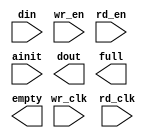
module smallfifo (
	din,
	wr_en,
	wr_clk,
	rd_en,
	rd_clk,
	ainit,
	dout,
	full,
	empty);

input [7 : 0] din;
input wr_en;
input wr_clk;
input rd_en;
input rd_clk;
input ainit;
output [7 : 0] dout;
output full;
output empty;

// synopsys translate_off

	ASYNC_FIFO_V6_1 #(
		8,	// c_data_width
		0,	// c_enable_rlocs
		255,	// c_fifo_depth
		0,	// c_has_almost_empty
		0,	// c_has_almost_full
		0,	// c_has_rd_ack
		0,	// c_has_rd_count
		0,	// c_has_rd_err
		0,	// c_has_wr_ack
		0,	// c_has_wr_count
		0,	// c_has_wr_err
		0,	// c_rd_ack_low
		2,	// c_rd_count_width
		0,	// c_rd_err_low
		1,	// c_use_blockmem
		0,	// c_wr_ack_low
		2,	// c_wr_count_width
		0)	// c_wr_err_low
	inst (
		.DIN(din),
		.WR_EN(wr_en),
		.WR_CLK(wr_clk),
		.RD_EN(rd_en),
		.RD_CLK(rd_clk),
		.AINIT(ainit),
		.DOUT(dout),
		.FULL(full),
		.EMPTY(empty),
		.ALMOST_FULL(),
		.ALMOST_EMPTY(),
		.WR_COUNT(),
		.RD_COUNT(),
		.RD_ACK(),
		.RD_ERR(),
		.WR_ACK(),
		.WR_ERR());


// synopsys translate_on

endmodule